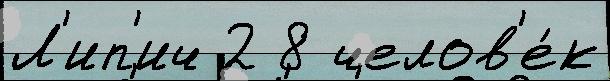
Л'ип'ич 2 8 челов'е́к